Indian journal of veterinary science and animal husbandry - Volume 12,
Year: 1942
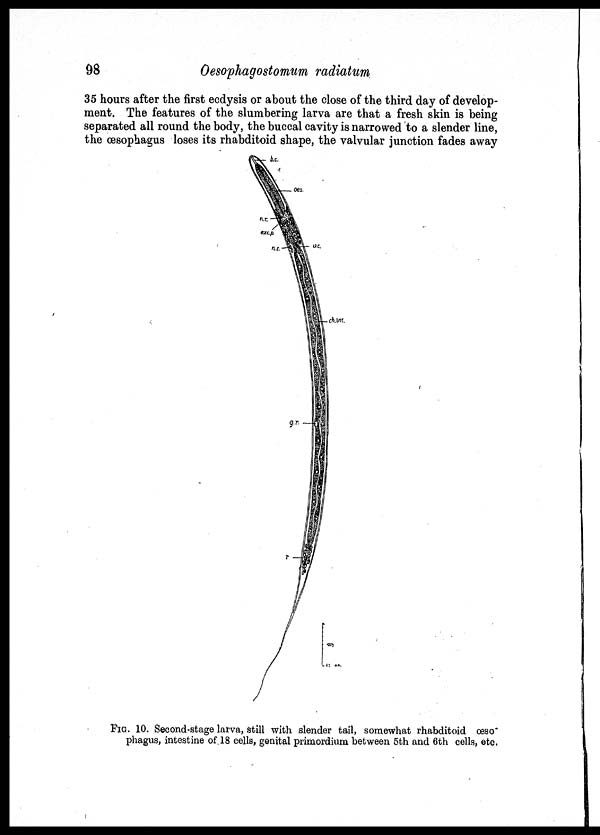
98
Oesophagostomum radiatum
35 hours after the first ecdysis or about the close of the third day of develop-
ment. The features of the slumbering larva are that a fresh skin is being
separated all round the body, the buccal cavity is narrowed to a slender line,
the œsophagus loses its rhabditoid shape, the valvular junction fades away
FIG. 10. Second-stage larva, still with slender tail, somewhat rhabditoid œso¬
phagus, intestine of 18 cells, genital primordium between 5th and 6th cells, etc.